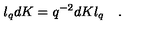
l _ { q } d K = q ^ { - 2 } d K l _ { q } \quad .